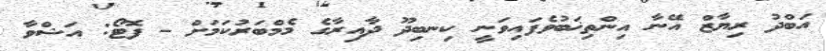
އަބްދު ރިޔާޒް އޭނާ އިންތިޚަބުވެފައިވަނީ ކިނބިދޫ ދާއިރާގެ މެމްބަރުކަމަށް - ފޮޓޯ: އަޝްވާ